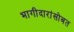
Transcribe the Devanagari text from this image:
भागीदारांसोबत